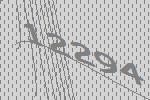
12294